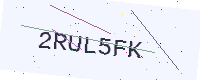
Text: 2RUL5FK